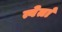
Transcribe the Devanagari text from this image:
त्वेतां